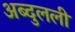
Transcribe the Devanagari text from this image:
अब्दुलली